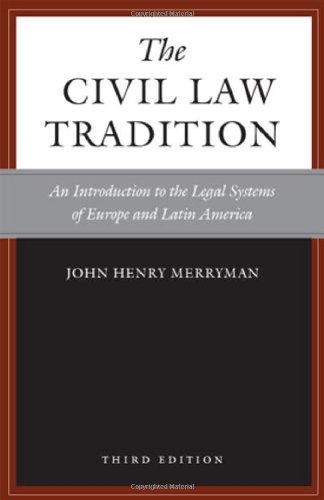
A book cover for The Civil Law Tradition, 3rd Edition: An Introduction to the Legal Systems of Europe and Latin America; John Merryman; Law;